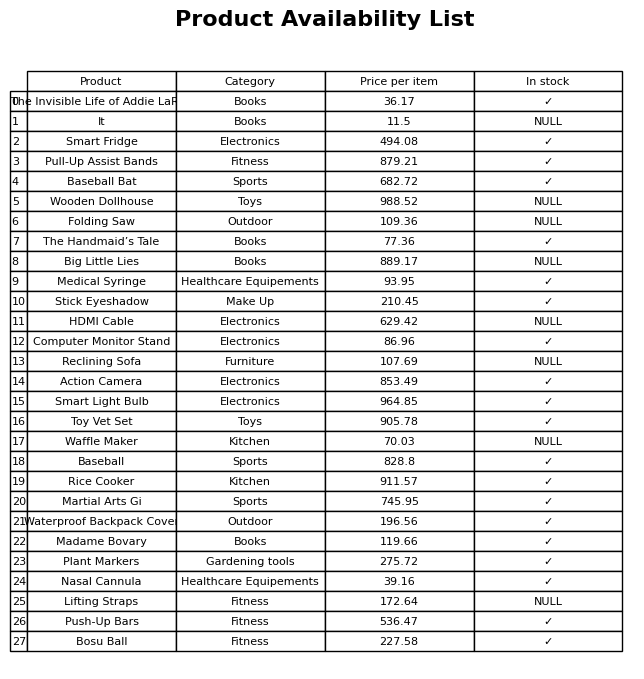
question: What is the price of the Push-Up Bars?
answer: The price of Push-Up Bars is 536.47.